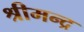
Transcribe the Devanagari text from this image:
श्रीमन्द्र